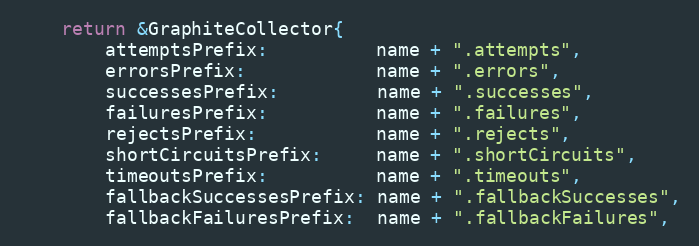
Language: Go
	return &GraphiteCollector{
		attemptsPrefix:          name + ".attempts",
		errorsPrefix:            name + ".errors",
		successesPrefix:         name + ".successes",
		failuresPrefix:          name + ".failures",
		rejectsPrefix:           name + ".rejects",
		shortCircuitsPrefix:     name + ".shortCircuits",
		timeoutsPrefix:          name + ".timeouts",
		fallbackSuccessesPrefix: name + ".fallbackSuccesses",
		fallbackFailuresPrefix:  name + ".fallbackFailures",